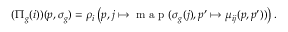
\begin{array} { r } { ( \Pi _ { g } ( i ) ) ( p , \sigma _ { g } ) = \rho _ { i } \left( p , j \mapsto \textup { m a p } ( \sigma _ { g } ( j ) , p ^ { \prime } \mapsto \mu _ { i j } ( p , p ^ { \prime } ) ) \right) . } \end{array}